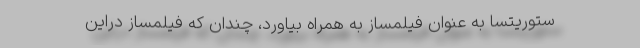
ستوریتسا به عنوان فیلمساز به همراه بیاورد، چندان که فیلمساز دراین